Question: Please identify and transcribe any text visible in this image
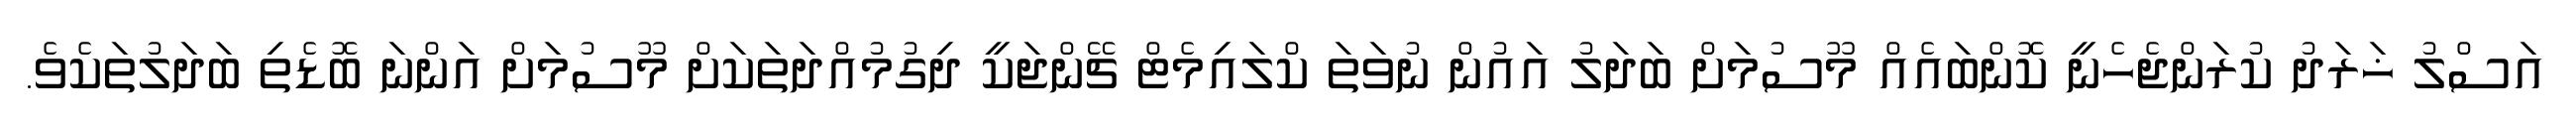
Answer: އަސްލު ޚަރަދު ކުރަންޖެހެނީ ކޮންބައެއް މޫސުމަށް ބަދަލު އައުން ނުވަތަ ކްލައިމެޓް ޗޭންޖަކީ ދިގުމުއްދަތަކަށް މޫސުމަށް އަންނަ ބޮޑެތި ބަދަލުތަކެވެ.